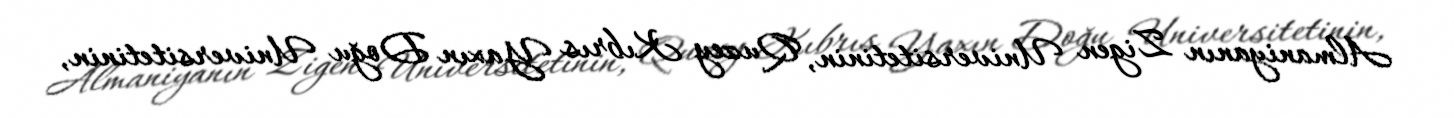
Almaniyanın Zigen Universitetinin, Quzey Kıbrıs Yaxın Doğu Universitetinin,